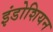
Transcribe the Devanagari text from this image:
इंडोशियन